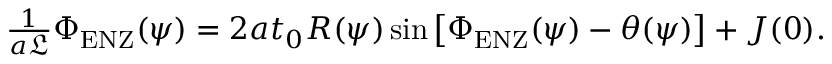
\begin{array} { r } { \frac { 1 } { a \mathfrak { L } } \Phi _ { \mathrm { E N Z } } ( \psi ) = 2 a t _ { 0 } R ( \psi ) \sin \left[ \Phi _ { \mathrm { E N Z } } ( \psi ) - \theta ( \psi ) \right] + J ( 0 ) . } \end{array}